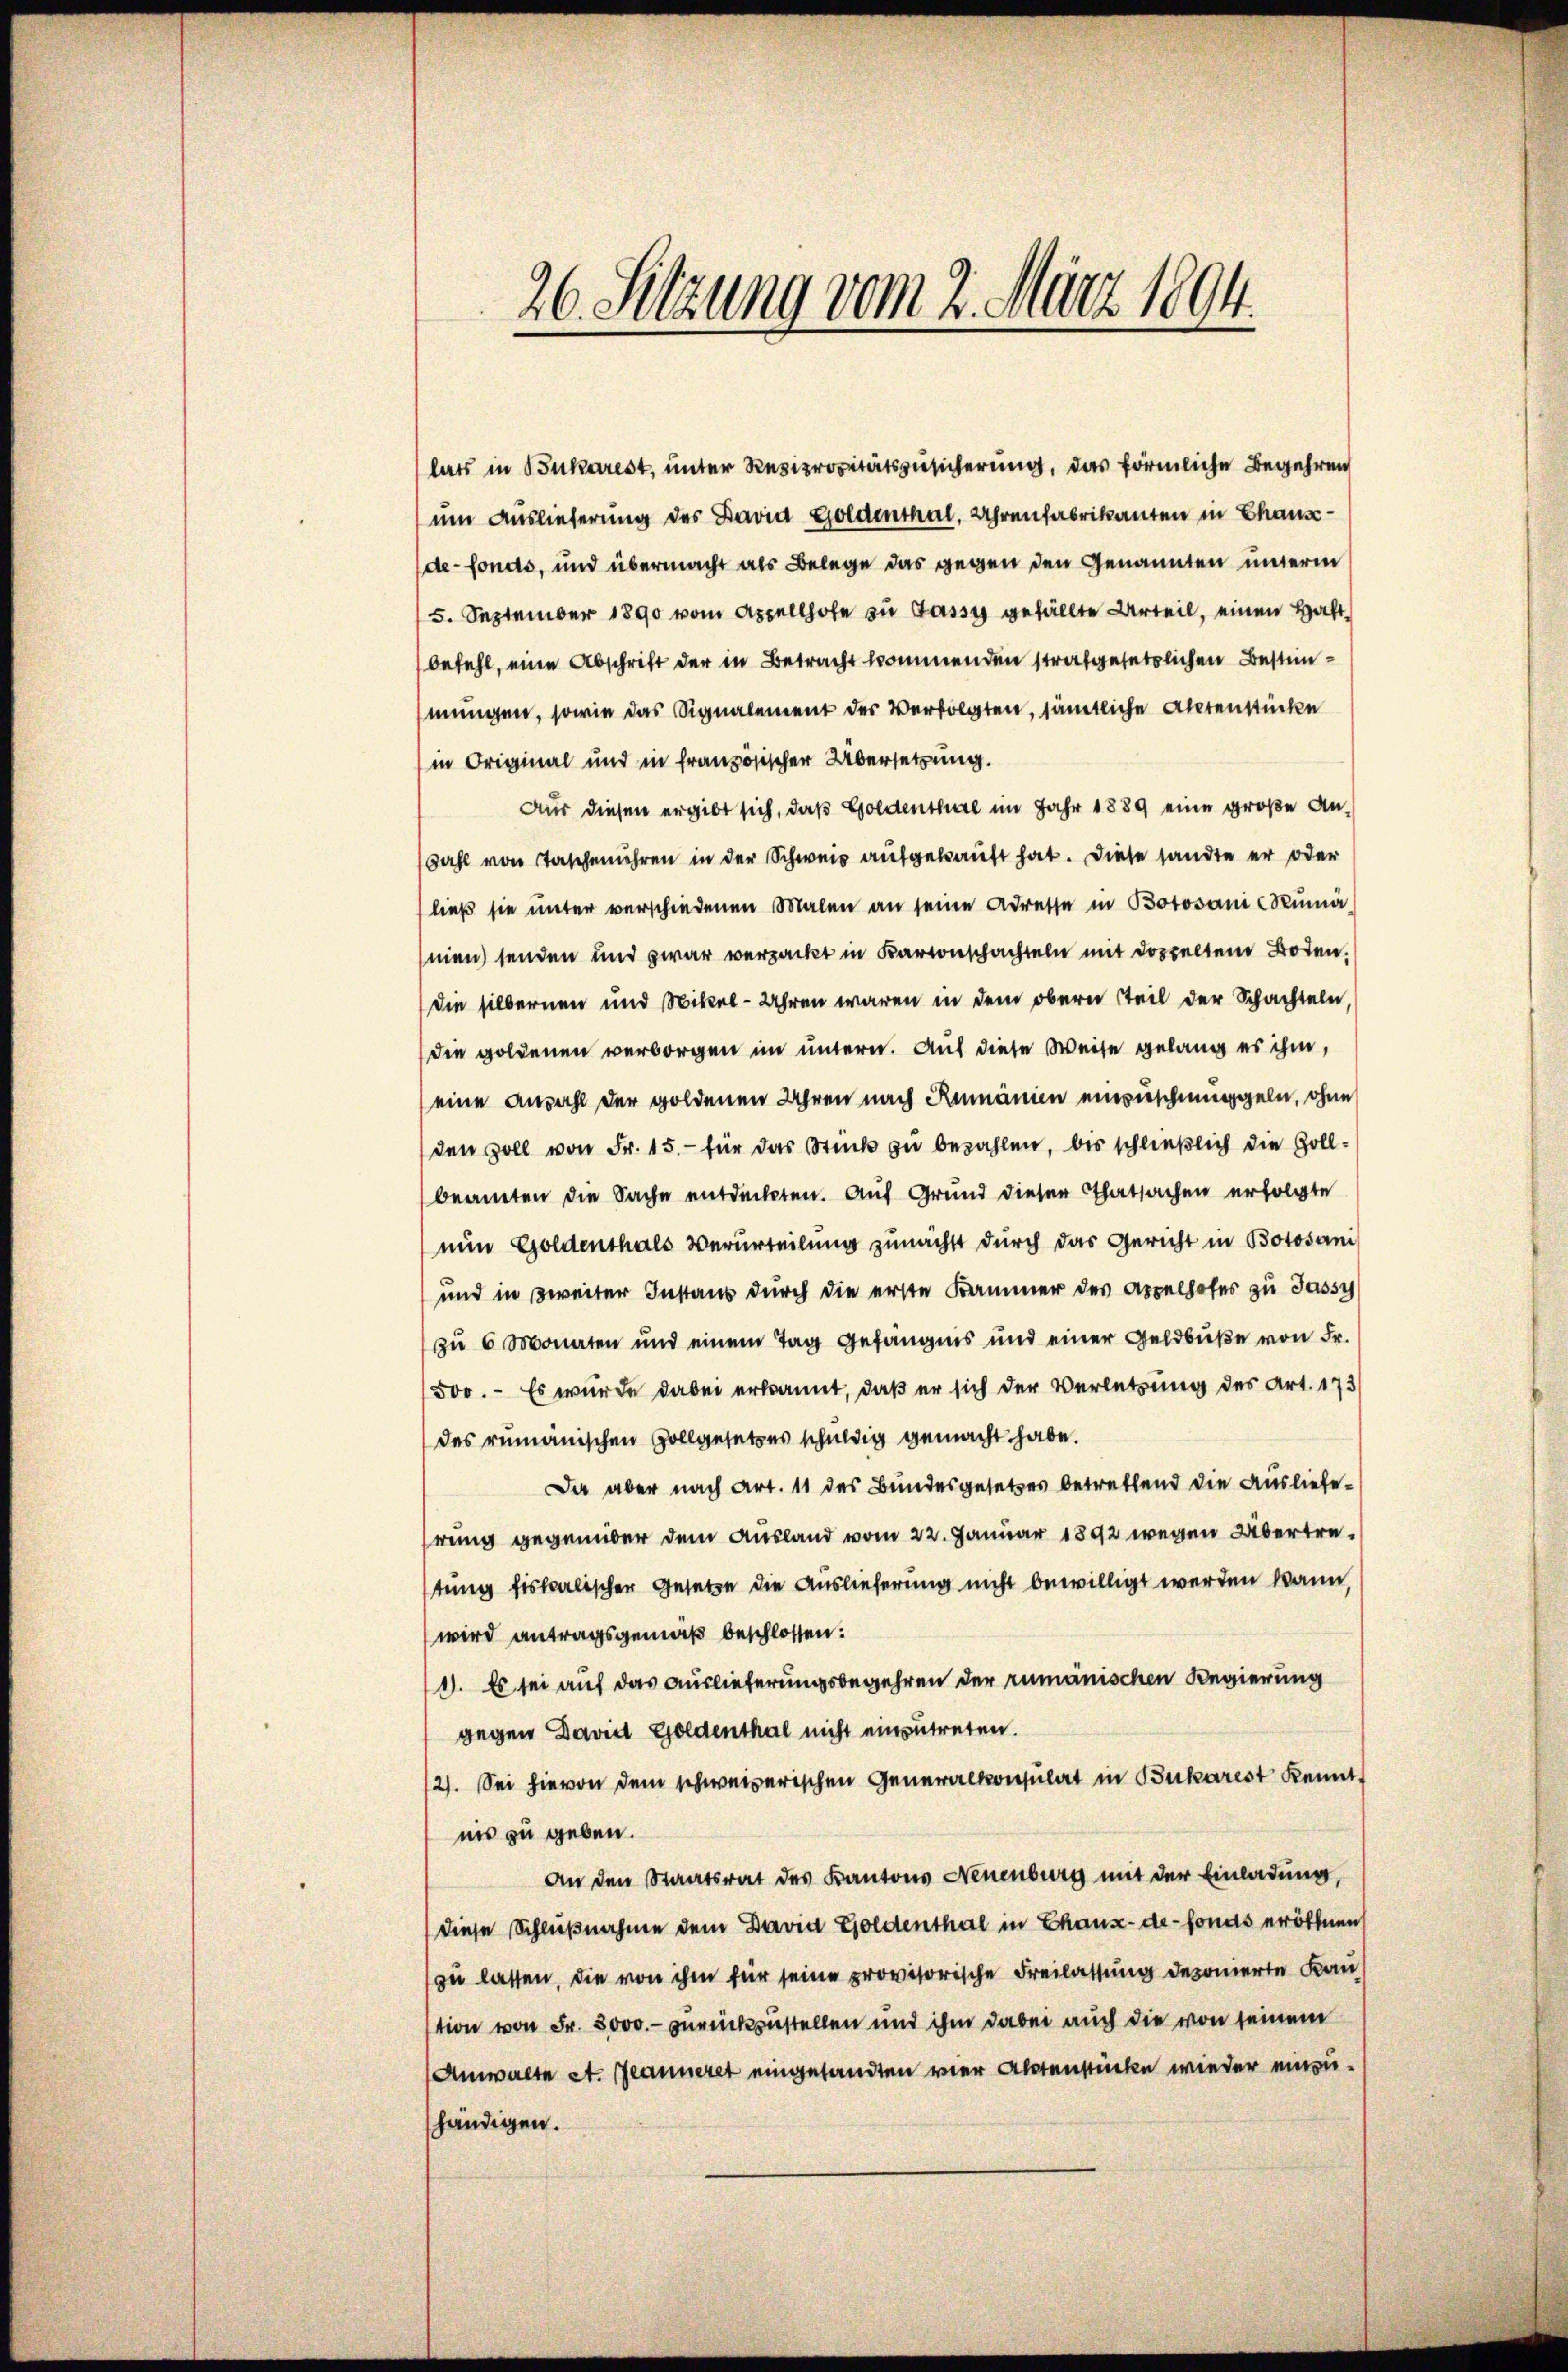
26. Setzung vom 2. März 1894.

lats in Bukarest, unter Reziprocitätszusicherung, das förmliche Begehren
um Auslieferung des David Goldenthal. Uhrenfabrikanten in Chausde-fonds, und übermacht als Belege das gegen den Genannten innern
5. September 1890 vom Appellhofe zu Jassy gefällte Urteil, einen Haft
befehl, eine Abschrift der in Betracht kommenden strafgesetzlichen Bestimmungen, sowie das Signalement der Verfolgten, sämtliche Actenstücke
in Original und in französischer Übersetzung.
Aus diesen ergibt sich, daß Goldenthal im Jahr 1889 eine große An¬
Fahl von Taschenuhren in der Schweiz aufgekauft hat. Diese sandte er oder
ließ sie unter verschiedenen Malen an seine Adresse in Botosani-Rumä
men senden und zwar verpackt in Baronschachten mit doppeltem Boden,
die silbernen und Mikel-Uhren waren in dem obern Teil der Schachteln
die goldenen verborgen im untern. Auf diese Weise gelang es ihm,
eine Anzahl der goldenen Uhren nach Rumänien einzuschmuggeln, ohne
den soll von Fr. 15.- für das Stück zu bezahlen, bis schließlich die Zollbeamten die Sache entdeckten. Auf Grund dieser Thatsachen erfolgte
nun Goldenthals Verurteilung zunächst durch das Gericht in Botosani
und in zweiter Instaus durch die erste Kammer des Appelhofes zu Jassy
zŭ 6 Monaten und einem Tag gefängnis und einer Geldbŭβe von Fr.
500. - Es wurde dabei erkannt, daß er sich der Verletzung des Art. 173
des rumänischen Zollgesetzes schuldig gemacht habe.
Da aber nach Art. 11 des Bundesgesetzes betrettend die Ausliefehrung gegenüber dem Ausland vom 22. Januar 1892 wegen Übertretung fiskalischer Gesetze die Auslieferung nicht bewilligt werden kann,
wird antragsgemäß beschlossen:
1). Es sei auf das Auslieferungsbegehren der rumänischen Regierung
gegen David Goldenthal nicht einzutreten.
2). Sei hievon dem schweizerischen Generalkonsulat in Bukarest kennt
nis zu geben.
An den Staatsrat des Kantons Neuenburg mit der Einladung,
diese Schlußnahme dem David Goldenthal in Chaux-de-Fonds eröffnen
zu lassen, die von ihm für seine provisorische Freilassung deponierte Baustion von Fr. 3000.- zurückzustellen und ihm dabei auch die von seinem
Anwalte St. Jeanneret eingesandten vier Aborenstücke wieder einzuhändigen.